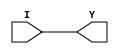
/*
 *  yosys -- Yosys Open SYnthesis Suite
 *
 *  Copyright (C) 2021  Cologne Chip AG <support@colognechip.com>
 *
 *  Permission to use, copy, modify, and/or distribute this software for any
 *  purpose with or without fee is hereby granted, provided that the above
 *  copyright notice and this permission notice appear in all copies.
 *
 *  THE SOFTWARE IS PROVIDED "AS IS" AND THE AUTHOR DISCLAIMS ALL WARRANTIES
 *  WITH REGARD TO THIS SOFTWARE INCLUDING ALL IMPLIED WARRANTIES OF
 *  MERCHANTABILITY AND FITNESS. IN NO EVENT SHALL THE AUTHOR BE LIABLE FOR
 *  ANY SPECIAL, DIRECT, INDIRECT, OR CONSEQUENTIAL DAMAGES OR ANY DAMAGES
 *  WHATSOEVER RESULTING FROM LOSS OF USE, DATA OR PROFITS, WHETHER IN AN
 *  ACTION OF CONTRACT, NEGLIGENCE OR OTHER TORTIOUS ACTION, ARISING OUT OF
 *  OR IN CONNECTION WITH THE USE OR PERFORMANCE OF THIS SOFTWARE.
 *
 */

`timescale 1ps/1ps

module CC_IBUF #(
	parameter PIN_NAME = "UNPLACED",
	parameter V_IO = "UNDEFINED",
	parameter [0:0] PULLUP = 1'bx,
	parameter [0:0] PULLDOWN = 1'bx,
	parameter [0:0] KEEPER = 1'bx,
	parameter [0:0] SCHMITT_TRIGGER = 1'bx,
	// IOSEL
	parameter [3:0] DELAY_IBF = 1'bx,
	parameter [0:0] FF_IBF = 1'bx
)(
	(* iopad_external_pin *)
	input  I,
	output Y
);
	assign Y = I;

endmodule


module CC_OBUF #(
	parameter PIN_NAME = "UNPLACED",
	parameter V_IO = "UNDEFINED",
	parameter DRIVE = "UNDEFINED",
	parameter SLEW = "UNDEFINED",
	// IOSEL
	parameter [3:0] DELAY_OBF = 1'bx,
	parameter [0:0] FF_OBF = 1'bx
)(
	input  A,
	(* iopad_external_pin *)
	output O
);
	assign O = A;

endmodule


module CC_TOBUF #(
	parameter PIN_NAME = "UNPLACED",
	parameter V_IO = "UNDEFINED",
	parameter DRIVE = "UNDEFINED",
	parameter SLEW = "UNDEFINED",
	parameter [0:0] PULLUP = 1'bx,
	parameter [0:0] PULLDOWN = 1'bx,
	parameter [0:0] KEEPER = 1'bx,
	// IOSEL
	parameter [3:0] DELAY_OBF = 1'bx,
	parameter [0:0] FF_OBF = 1'bx
)(
	input  A, T,
	(* iopad_external_pin *)
	output O
);
	assign O = T ? 1'bz : A;

endmodule


module CC_IOBUF #(
	parameter PIN_NAME = "UNPLACED",
	parameter V_IO = "UNDEFINED",
	parameter DRIVE = "UNDEFINED",
	parameter SLEW = "UNDEFINED",
	parameter [0:0] PULLUP = 1'bx,
	parameter [0:0] PULLDOWN = 1'bx,
	parameter [0:0] KEEPER = 1'bx,
	parameter [0:0] SCHMITT_TRIGGER = 1'bx,
	// IOSEL
	parameter [3:0] DELAY_IBF = 1'bx,
	parameter [3:0] DELAY_OBF = 1'bx,
	parameter [0:0] FF_IBF = 1'bx,
	parameter [0:0] FF_OBF = 1'bx
)(
	input  A, T,
	output Y,
	(* iopad_external_pin *)
	inout  IO
);
	assign IO = T ? 1'bz : A;
	assign Y = IO;

endmodule


module CC_LVDS_IBUF #(
	parameter PIN_NAME_P = "UNPLACED",
	parameter PIN_NAME_N = "UNPLACED",
	parameter V_IO = "UNDEFINED",
	parameter [0:0] LVDS_RTERM = 1'bx,
	// IOSEL
	parameter [3:0] DELAY_IBF = 1'bx,
	parameter [0:0] FF_IBF = 1'bx
)(
	(* iopad_external_pin *)
	input  IP, IN,
	output Y
);
	assign Y = IP;

endmodule


module CC_LVDS_OBUF #(
	parameter PIN_NAME_P = "UNPLACED",
	parameter PIN_NAME_N = "UNPLACED",
	parameter V_IO = "UNDEFINED",
	parameter [0:0] LVDS_BOOST = 1'bx,
	// IOSEL
	parameter [3:0] DELAY_OBF = 1'bx,
	parameter [0:0] FF_OBF = 1'bx
)(
	input  A,
	(* iopad_external_pin *)
	output OP, ON
);
	assign OP = A;
	assign ON = ~A;

endmodule


module CC_LVDS_TOBUF #(
	parameter PIN_NAME_P = "UNPLACED",
	parameter PIN_NAME_N = "UNPLACED",
	parameter V_IO = "UNDEFINED",
	parameter [0:0] LVDS_BOOST = 1'bx,
	// IOSEL
	parameter [3:0] DELAY_OBF = 1'bx,
	parameter [0:0] FF_OBF = 1'bx
)(
	input  A, T,
	(* iopad_external_pin *)
	output OP, ON
);
	assign OP = T ? 1'bz :  A;
	assign ON = T ? 1'bz : ~A;

endmodule


module CC_LVDS_IOBUF #(
	parameter PIN_NAME_P = "UNPLACED",
	parameter PIN_NAME_N = "UNPLACED",
	parameter V_IO = "UNDEFINED",
	parameter [0:0] LVDS_RTERM = 1'bx,
	parameter [0:0] LVDS_BOOST = 1'bx,
	// IOSEL
	parameter [3:0] DELAY_IBF = 1'bx,
	parameter [3:0] DELAY_OBF = 1'bx,
	parameter [0:0] FF_IBF = 1'bx,
	parameter [0:0] FF_OBF = 1'bx
)(
	input  A, T,
	(* iopad_external_pin *)
	inout  IOP, ION,
	output Y
);
	assign IOP = T ? 1'bz :  A;
	assign ION = T ? 1'bz : ~A;
	assign Y = IOP;

endmodule


module CC_IDDR #(
	parameter [0:0] CLK_INV = 1'b0
)(
	input D,
	(* clkbuf_sink *)
	input CLK,
	output reg Q0, Q1
);
	wire clk;
	assign clk = (CLK_INV) ? ~CLK : CLK;

	always @(posedge clk)
	begin
		Q0 <= D;
	end

	always @(negedge clk)
	begin
		Q1 <= D;
	end

endmodule


module CC_ODDR #(
	parameter [0:0] CLK_INV = 1'b0
)(
	input D0,
	input D1,
	(* clkbuf_sink *)
	input CLK,
	(* clkbuf_sink *)
	input DDR,
	output Q
);
	wire clk;
	assign clk = (CLK_INV) ? ~CLK : CLK;

	reg q0, q1;
	assign Q = (DDR) ? q0 : q1;

	always @(posedge clk)
	begin
		q0 <= D0;
	end

	always @(negedge clk)
	begin
		q1 <= D1;
	end

endmodule


module CC_DFF #(
	parameter [0:0] CLK_INV = 1'b0,
	parameter [0:0] EN_INV  = 1'b0,
	parameter [0:0] SR_INV  = 1'b0,
	parameter [0:0] SR_VAL  = 1'b0
)(
	input D,
	(* clkbuf_sink *)
	input CLK,
	input EN,
	input SR,
	output reg Q
);
	wire clk, en, sr;
	assign clk = (CLK_INV) ? ~CLK : CLK;
	assign en  = (EN_INV)  ?  ~EN :  EN;
	assign sr  = (SR_INV)  ?  ~SR :  SR;

	initial Q = 1'bX;

	always @(posedge clk or posedge sr)
	begin
		if (sr) begin
			Q <= SR_VAL;
		end
		else if (en) begin
			Q <= D;
		end
	end

endmodule


module CC_DLT #(
	parameter [0:0] G_INV = 1'b0,
	parameter [0:0] SR_INV = 1'b0,
	parameter [0:0] SR_VAL = 1'b0
)(
	input D,
	input G,
	input SR,
	output reg Q
);
	wire en, sr;
	assign en  = (G_INV) ? ~G : G;
	assign sr  = (SR_INV) ? ~SR : SR;

	initial Q = 1'bX;

	always @(*)
	begin
		if (sr) begin
			Q <= SR_VAL;
		end
		else if (en) begin
			Q <= D;
		end
	end

endmodule


module CC_LUT1 (
	output O,
	input  I0
);
	parameter [1:0] INIT = 0;

	assign O = I0 ? INIT[1] : INIT[0];

endmodule


module CC_LUT2 (
	output O,
	input  I0, I1
);
	parameter [3:0] INIT = 0;

	wire [1:0] s1 = I1 ? INIT[3:2] : INIT[1:0];
	assign O = I0 ? s1[1] : s1[0];

endmodule


module CC_LUT3 (
	output O,
	input  I0, I1, I2
);
	parameter [7:0] INIT = 0;

	wire [3:0] s2 = I2 ? INIT[7:4] : INIT[3:0];
	wire [1:0] s1 = I1 ? s2[3:2] : s2[1:0];
	assign O = I0 ? s1[1] : s1[0];

endmodule


module CC_LUT4 (
	output O,
	input  I0, I1, I2, I3
);
	parameter [15:0] INIT = 0;

	wire [7:0] s3 = I3 ? INIT[15:8] : INIT[7:0];
	wire [3:0] s2 = I2 ? s3[7:4] : s3[3:0];
	wire [1:0] s1 = I1 ? s2[3:2] : s2[1:0];
	assign O = I0 ? s1[1] : s1[0];

endmodule


module CC_MX2 (
	input  D0, D1,
	input  S0,
	output Y
);
	assign Y = S0 ? D1 : D0;

endmodule


module CC_MX4 (
	input  D0, D1, D2, D3,
	input  S0, S1,
	output Y
);
	assign Y = S1 ? (S0 ? D3 : D2) :
					(S0 ? D1 : D0);

endmodule


module CC_MX8 (
	input  D0, D1, D2, D3,
	input  D4, D5, D6, D7,
	input  S0, S1, S2,
	output Y
);
	assign Y = S2 ? (S1 ? (S0 ? D7 : D6) :
						  (S0 ? D5 : D4)) :
					(S1 ? (S0 ? D3 : D2) :
						  (S0 ? D1 : D0));

endmodule


module CC_ADDF (
	input  A, B, CI,
	output CO, S
);
	assign {CO, S} = A + B + CI;

endmodule


module CC_MULT #(
	parameter A_WIDTH = 0,
	parameter B_WIDTH = 0,
	parameter P_WIDTH = 0
)(
	input signed [A_WIDTH-1:0] A,
	input signed [B_WIDTH-1:0] B,
	output reg signed [P_WIDTH-1:0] P
);
	always @(*)
	begin
		P <= A * B;
	end
endmodule


module CC_BUFG (
	input  I,
	(* clkbuf_driver *)
	output O
);
	assign O = I;

endmodule


module CC_BRAM_20K (
	output [19:0] A_DO,
	output [19:0] B_DO,
	output ECC_1B_ERR,
	output ECC_2B_ERR,
	(* clkbuf_sink *)
	input A_CLK,
	(* clkbuf_sink *)
	input B_CLK,
	input A_EN,
	input B_EN,
	input A_WE,
	input B_WE,
	input [15:0] A_ADDR,
	input [15:0] B_ADDR,
	input [19:0] A_DI,
	input [19:0] B_DI,
	input [19:0] A_BM,
	input [19:0] B_BM
);
	// Location format: D(0..N-1)(0..N-1)X(0..3)Y(0..7)Z(0..1) or UNPLACED
	parameter LOC = "UNPLACED";

	// Port Widths
	parameter A_RD_WIDTH = 0;
	parameter B_RD_WIDTH = 0;
	parameter A_WR_WIDTH = 0;
	parameter B_WR_WIDTH = 0;

	// RAM and Write Modes
	parameter RAM_MODE = "SDP";
	parameter A_WR_MODE = "NO_CHANGE";
	parameter B_WR_MODE = "NO_CHANGE";

	// Inverting Control Pins
	parameter A_CLK_INV = 1'b0;
	parameter B_CLK_INV = 1'b0;
	parameter A_EN_INV = 1'b0;
	parameter B_EN_INV = 1'b0;
	parameter A_WE_INV = 1'b0;
	parameter B_WE_INV = 1'b0;

	// Output Register
	parameter A_DO_REG = 1'b0;
	parameter B_DO_REG = 1'b0;

	// Error Checking and Correction
	parameter ECC_EN = 1'b0;

	// RAM Contents
	parameter INIT_00 = 320'h00000000000000000000000000000000000000000000000000000000000000000000000000000000;
	parameter INIT_01 = 320'h00000000000000000000000000000000000000000000000000000000000000000000000000000000;
	parameter INIT_02 = 320'h00000000000000000000000000000000000000000000000000000000000000000000000000000000;
	parameter INIT_03 = 320'h00000000000000000000000000000000000000000000000000000000000000000000000000000000;
	parameter INIT_04 = 320'h00000000000000000000000000000000000000000000000000000000000000000000000000000000;
	parameter INIT_05 = 320'h00000000000000000000000000000000000000000000000000000000000000000000000000000000;
	parameter INIT_06 = 320'h00000000000000000000000000000000000000000000000000000000000000000000000000000000;
	parameter INIT_07 = 320'h00000000000000000000000000000000000000000000000000000000000000000000000000000000;
	parameter INIT_08 = 320'h00000000000000000000000000000000000000000000000000000000000000000000000000000000;
	parameter INIT_09 = 320'h00000000000000000000000000000000000000000000000000000000000000000000000000000000;
	parameter INIT_0A = 320'h00000000000000000000000000000000000000000000000000000000000000000000000000000000;
	parameter INIT_0B = 320'h00000000000000000000000000000000000000000000000000000000000000000000000000000000;
	parameter INIT_0C = 320'h00000000000000000000000000000000000000000000000000000000000000000000000000000000;
	parameter INIT_0D = 320'h00000000000000000000000000000000000000000000000000000000000000000000000000000000;
	parameter INIT_0E = 320'h00000000000000000000000000000000000000000000000000000000000000000000000000000000;
	parameter INIT_0F = 320'h00000000000000000000000000000000000000000000000000000000000000000000000000000000;
	parameter INIT_10 = 320'h00000000000000000000000000000000000000000000000000000000000000000000000000000000;
	parameter INIT_11 = 320'h00000000000000000000000000000000000000000000000000000000000000000000000000000000;
	parameter INIT_12 = 320'h00000000000000000000000000000000000000000000000000000000000000000000000000000000;
	parameter INIT_13 = 320'h00000000000000000000000000000000000000000000000000000000000000000000000000000000;
	parameter INIT_14 = 320'h00000000000000000000000000000000000000000000000000000000000000000000000000000000;
	parameter INIT_15 = 320'h00000000000000000000000000000000000000000000000000000000000000000000000000000000;
	parameter INIT_16 = 320'h00000000000000000000000000000000000000000000000000000000000000000000000000000000;
	parameter INIT_17 = 320'h00000000000000000000000000000000000000000000000000000000000000000000000000000000;
	parameter INIT_18 = 320'h00000000000000000000000000000000000000000000000000000000000000000000000000000000;
	parameter INIT_19 = 320'h00000000000000000000000000000000000000000000000000000000000000000000000000000000;
	parameter INIT_1A = 320'h00000000000000000000000000000000000000000000000000000000000000000000000000000000;
	parameter INIT_1B = 320'h00000000000000000000000000000000000000000000000000000000000000000000000000000000;
	parameter INIT_1C = 320'h00000000000000000000000000000000000000000000000000000000000000000000000000000000;
	parameter INIT_1D = 320'h00000000000000000000000000000000000000000000000000000000000000000000000000000000;
	parameter INIT_1E = 320'h00000000000000000000000000000000000000000000000000000000000000000000000000000000;
	parameter INIT_1F = 320'h00000000000000000000000000000000000000000000000000000000000000000000000000000000;
	parameter INIT_20 = 320'h00000000000000000000000000000000000000000000000000000000000000000000000000000000;
	parameter INIT_21 = 320'h00000000000000000000000000000000000000000000000000000000000000000000000000000000;
	parameter INIT_22 = 320'h00000000000000000000000000000000000000000000000000000000000000000000000000000000;
	parameter INIT_23 = 320'h00000000000000000000000000000000000000000000000000000000000000000000000000000000;
	parameter INIT_24 = 320'h00000000000000000000000000000000000000000000000000000000000000000000000000000000;
	parameter INIT_25 = 320'h00000000000000000000000000000000000000000000000000000000000000000000000000000000;
	parameter INIT_26 = 320'h00000000000000000000000000000000000000000000000000000000000000000000000000000000;
	parameter INIT_27 = 320'h00000000000000000000000000000000000000000000000000000000000000000000000000000000;
	parameter INIT_28 = 320'h00000000000000000000000000000000000000000000000000000000000000000000000000000000;
	parameter INIT_29 = 320'h00000000000000000000000000000000000000000000000000000000000000000000000000000000;
	parameter INIT_2A = 320'h00000000000000000000000000000000000000000000000000000000000000000000000000000000;
	parameter INIT_2B = 320'h00000000000000000000000000000000000000000000000000000000000000000000000000000000;
	parameter INIT_2C = 320'h00000000000000000000000000000000000000000000000000000000000000000000000000000000;
	parameter INIT_2D = 320'h00000000000000000000000000000000000000000000000000000000000000000000000000000000;
	parameter INIT_2E = 320'h00000000000000000000000000000000000000000000000000000000000000000000000000000000;
	parameter INIT_2F = 320'h00000000000000000000000000000000000000000000000000000000000000000000000000000000;
	parameter INIT_30 = 320'h00000000000000000000000000000000000000000000000000000000000000000000000000000000;
	parameter INIT_31 = 320'h00000000000000000000000000000000000000000000000000000000000000000000000000000000;
	parameter INIT_32 = 320'h00000000000000000000000000000000000000000000000000000000000000000000000000000000;
	parameter INIT_33 = 320'h00000000000000000000000000000000000000000000000000000000000000000000000000000000;
	parameter INIT_34 = 320'h00000000000000000000000000000000000000000000000000000000000000000000000000000000;
	parameter INIT_35 = 320'h00000000000000000000000000000000000000000000000000000000000000000000000000000000;
	parameter INIT_36 = 320'h00000000000000000000000000000000000000000000000000000000000000000000000000000000;
	parameter INIT_37 = 320'h00000000000000000000000000000000000000000000000000000000000000000000000000000000;
	parameter INIT_38 = 320'h00000000000000000000000000000000000000000000000000000000000000000000000000000000;
	parameter INIT_39 = 320'h00000000000000000000000000000000000000000000000000000000000000000000000000000000;
	parameter INIT_3A = 320'h00000000000000000000000000000000000000000000000000000000000000000000000000000000;
	parameter INIT_3B = 320'h00000000000000000000000000000000000000000000000000000000000000000000000000000000;
	parameter INIT_3C = 320'h00000000000000000000000000000000000000000000000000000000000000000000000000000000;
	parameter INIT_3D = 320'h00000000000000000000000000000000000000000000000000000000000000000000000000000000;
	parameter INIT_3E = 320'h00000000000000000000000000000000000000000000000000000000000000000000000000000000;
	parameter INIT_3F = 320'h00000000000000000000000000000000000000000000000000000000000000000000000000000000;

	localparam WIDTH_MODE_A = (A_RD_WIDTH > A_WR_WIDTH) ? A_RD_WIDTH : A_WR_WIDTH;
	localparam WIDTH_MODE_B = (B_RD_WIDTH > B_WR_WIDTH) ? B_RD_WIDTH : B_WR_WIDTH;

	integer i, k;

	// 512 x 40 bit
	reg [20479:0] memory = 20480'b0;

	initial begin
		// Check parameters
		if ((RAM_MODE != "SDP") && (RAM_MODE != "TDP")) begin
			$display("ERROR: Illegal RAM MODE %d.", RAM_MODE);
			$finish();
		end
		if ((A_WR_MODE != "WRITE_THROUGH") && (A_WR_MODE != "NO_CHANGE")) begin
			$display("ERROR: Illegal RAM MODE %d.", RAM_MODE);
			$finish();
		end
		if ((RAM_MODE == "SDP") && (A_WR_MODE == "WRITE_THROUGH")) begin
			$display("ERROR: %s is not supported in %s mode.", A_WR_MODE, RAM_MODE);
			$finish();
		end
		if (ECC_EN != 1'b0) begin
			$display("WARNING: ECC feature not supported in simulation.");
		end
		if ((ECC_EN == 1'b1) && (RAM_MODE != "SDP") && (WIDTH_MODE_A != 40)) begin
			$display("ERROR: Illegal ECC Port configuration. Must be SDP 40 bit, but is %s %d.", RAM_MODE, WIDTH_MODE_A);
			$finish();
		end
		if ((WIDTH_MODE_A == 40) && (RAM_MODE == "TDP")) begin
			$display("ERROR: Port A width of 40 bits is only supported in SDP mode.");
			$finish();
		end
		if ((WIDTH_MODE_B == 40) && (RAM_MODE == "TDP")) begin
			$display("ERROR: Port B width of 40 bits is only supported in SDP mode.");
			$finish();
		end
		if ((WIDTH_MODE_A != 40) && (WIDTH_MODE_A != 20) && (WIDTH_MODE_A != 10) &&
			(WIDTH_MODE_A != 5)  && (WIDTH_MODE_A != 2)  && (WIDTH_MODE_A != 1) && (WIDTH_MODE_A != 0)) begin
			$display("ERROR: Illegal %s Port A width configuration %d.", RAM_MODE, WIDTH_MODE_A);
			$finish();
		end
		if ((WIDTH_MODE_B != 40) && (WIDTH_MODE_B != 20) && (WIDTH_MODE_B != 10) &&
			(WIDTH_MODE_B != 5)  && (WIDTH_MODE_B != 2)  && (WIDTH_MODE_B != 1) && (WIDTH_MODE_B != 0)) begin
			$display("ERROR: Illegal %s Port B width configuration %d.", RAM_MODE, WIDTH_MODE_B);
			$finish();
		end
		// RAM initialization
		memory[320*0+319:320*0]   = INIT_00;
		memory[320*1+319:320*1]   = INIT_01;
		memory[320*2+319:320*2]   = INIT_02;
		memory[320*3+319:320*3]   = INIT_03;
		memory[320*4+319:320*4]   = INIT_04;
		memory[320*5+319:320*5]   = INIT_05;
		memory[320*6+319:320*6]   = INIT_06;
		memory[320*7+319:320*7]   = INIT_07;
		memory[320*8+319:320*8]   = INIT_08;
		memory[320*9+319:320*9]   = INIT_09;
		memory[320*10+319:320*10] = INIT_0A;
		memory[320*11+319:320*11] = INIT_0B;
		memory[320*12+319:320*12] = INIT_0C;
		memory[320*13+319:320*13] = INIT_0D;
		memory[320*14+319:320*14] = INIT_0E;
		memory[320*15+319:320*15] = INIT_0F;
		memory[320*16+319:320*16] = INIT_10;
		memory[320*17+319:320*17] = INIT_11;
		memory[320*18+319:320*18] = INIT_12;
		memory[320*19+319:320*19] = INIT_13;
		memory[320*20+319:320*20] = INIT_14;
		memory[320*21+319:320*21] = INIT_15;
		memory[320*22+319:320*22] = INIT_16;
		memory[320*23+319:320*23] = INIT_17;
		memory[320*24+319:320*24] = INIT_18;
		memory[320*25+319:320*25] = INIT_19;
		memory[320*26+319:320*26] = INIT_1A;
		memory[320*27+319:320*27] = INIT_1B;
		memory[320*28+319:320*28] = INIT_1C;
		memory[320*29+319:320*29] = INIT_1D;
		memory[320*30+319:320*30] = INIT_1E;
		memory[320*31+319:320*31] = INIT_1F;
		memory[320*32+319:320*32] = INIT_20;
		memory[320*33+319:320*33] = INIT_21;
		memory[320*34+319:320*34] = INIT_22;
		memory[320*35+319:320*35] = INIT_23;
		memory[320*36+319:320*36] = INIT_24;
		memory[320*37+319:320*37] = INIT_25;
		memory[320*38+319:320*38] = INIT_26;
		memory[320*39+319:320*39] = INIT_27;
		memory[320*40+319:320*40] = INIT_28;
		memory[320*41+319:320*41] = INIT_29;
		memory[320*42+319:320*42] = INIT_2A;
		memory[320*43+319:320*43] = INIT_2B;
		memory[320*44+319:320*44] = INIT_2C;
		memory[320*45+319:320*45] = INIT_2D;
		memory[320*46+319:320*46] = INIT_2E;
		memory[320*47+319:320*47] = INIT_2F;
		memory[320*48+319:320*48] = INIT_30;
		memory[320*49+319:320*49] = INIT_31;
		memory[320*50+319:320*50] = INIT_32;
		memory[320*51+319:320*51] = INIT_33;
		memory[320*52+319:320*52] = INIT_34;
		memory[320*53+319:320*53] = INIT_35;
		memory[320*54+319:320*54] = INIT_36;
		memory[320*55+319:320*55] = INIT_37;
		memory[320*56+319:320*56] = INIT_38;
		memory[320*57+319:320*57] = INIT_39;
		memory[320*58+319:320*58] = INIT_3A;
		memory[320*59+319:320*59] = INIT_3B;
		memory[320*60+319:320*60] = INIT_3C;
		memory[320*61+319:320*61] = INIT_3D;
		memory[320*62+319:320*62] = INIT_3E;
		memory[320*63+319:320*63] = INIT_3F;
	end

	// Signal inversion
	wire clka = A_CLK_INV ^ A_CLK;
	wire clkb = B_CLK_INV ^ B_CLK;
	wire ena  = A_EN_INV ^ A_EN;
	wire enb  = B_EN_INV ^ B_EN;
	wire wea  = A_WE_INV ^ A_WE;
	wire web  = B_WE_INV ^ B_WE;

	// Internal signals
	wire [15:0] addra;
	wire [15:0] addrb;
	reg  [19:0] A_DO_out = 0, A_DO_reg = 0;
	reg  [19:0] B_DO_out = 0, B_DO_reg = 0;

	generate
		if (RAM_MODE == "SDP") begin
			// Port A (write)
			if (A_WR_WIDTH == 40) begin
				assign addra = A_ADDR[15:7]*40;
			end
			// Port B (read)
			if (B_RD_WIDTH == 40) begin
				assign addrb = B_ADDR[15:7]*40;
			end
		end
		else if (RAM_MODE == "TDP") begin
			// Port A
			if (WIDTH_MODE_A <= 1) begin
				wire [15:0] tmpa = {2'b0, A_ADDR[15:7], A_ADDR[5:1]};
				assign addra = tmpa + (tmpa/4);
			end
			else if (WIDTH_MODE_A <= 2) begin
				wire [15:0] tmpa = {3'b0, A_ADDR[15:7], A_ADDR[5:2]};
				assign addra = tmpa*2 + (tmpa/2);
			end
			else if (WIDTH_MODE_A <= 5) begin
				assign addra = {4'b0, A_ADDR[15:7], A_ADDR[5:3]}*5;
			end
			else if (WIDTH_MODE_A <= 10) begin
				assign addra = {5'b0, A_ADDR[15:7], A_ADDR[5:4]}*10;
			end
			else if (WIDTH_MODE_A <= 20) begin
				assign addra = {6'b0, A_ADDR[15:7], A_ADDR[5]}*20;
			end
			// Port B
			if (WIDTH_MODE_B <= 1) begin
				wire [15:0] tmpb = {2'b0, B_ADDR[15:7], B_ADDR[5:1]};
				assign addrb = tmpb + (tmpb/4);
			end
			else if (WIDTH_MODE_B <= 2) begin
				wire [15:0] tmpb = {3'b0, B_ADDR[15:7], B_ADDR[5:2]};
				assign addrb = tmpb*2 + (tmpb/2);
			end
			else if (WIDTH_MODE_B <= 5) begin
				assign addrb = {4'b0, B_ADDR[15:7], B_ADDR[5:3]}*5;
			end
			else if (WIDTH_MODE_B <= 10) begin
				assign addrb = {5'b0, B_ADDR[15:7], B_ADDR[5:4]}*10;
			end
			else if (WIDTH_MODE_B <= 20) begin
				assign addrb = {6'b0, B_ADDR[15:7], B_ADDR[5]}*20;
			end
		end
	endgenerate

	generate
		if (RAM_MODE == "SDP") begin
			// SDP write port
			always @(posedge clka)
			begin
				for (k=0; k < A_WR_WIDTH; k=k+1) begin
					if (k < 20) begin
						if (ena && wea && A_BM[k]) memory[addra+k] <= A_DI[k];
					end
					else begin // use both ports
						if (ena && wea && B_BM[k-20]) memory[addra+k] <= B_DI[k-20];
					end
				end
			end
			// SDP read port
			always @(posedge clkb)
			begin
				// "NO_CHANGE" only
				for (k=0; k < B_RD_WIDTH; k=k+1) begin
					if (k < 20) begin
						if (enb && !wea) A_DO_out[k] <= memory[addrb+k];
					end
					else begin // use both ports
						if (enb && !wea) B_DO_out[k-20] <= memory[addrb+k];
					end
				end
			end
		end
		else if (RAM_MODE == "TDP") begin
			// TDP port A
			always @(posedge clka)
			begin
				for (i=0; i < WIDTH_MODE_A; i=i+1) begin
					if (ena && wea && A_BM[i]) memory[addra+i] <= A_DI[i];

					if (A_WR_MODE == "NO_CHANGE") begin
						if (ena && !wea) A_DO_out[i] <= memory[addra+i];
					end
					else if (A_WR_MODE == "WRITE_THROUGH") begin
						if (ena) begin
							if (wea && A_BM[i]) begin
								A_DO_out[i] <= A_DI[i];
							end
							else begin
								A_DO_out[i] <= memory[addra+i];
							end
						end
					end
				end
			end
			// TDP port B
			always @(posedge clkb)
			begin
				for (i=0; i < WIDTH_MODE_B; i=i+1) begin
					if (enb && web && B_BM[i]) memory[addrb+i] <= B_DI[i];

					if (B_WR_MODE == "NO_CHANGE") begin
						if (enb && !web) B_DO_out[i] <= memory[addrb+i];
					end
					else if (B_WR_MODE == "WRITE_THROUGH") begin
						if (enb) begin
							if (web && B_BM[i]) begin
								B_DO_out[i] <= B_DI[i];
							end
							else begin
								B_DO_out[i] <= memory[addrb+i];
							end
						end
					end
				end
			end
		end
	endgenerate

	// Optional output register
	generate
		if (A_DO_REG) begin
			always @(posedge clka) begin
				A_DO_reg <= A_DO_out;
			end
			assign A_DO = A_DO_reg;
		end
		else begin
			assign A_DO = A_DO_out;
		end
		if (B_DO_REG) begin
			always @(posedge clkb) begin
				B_DO_reg <= B_DO_out;
			end
			assign B_DO = B_DO_reg;
		end
		else begin
			assign B_DO = B_DO_out;
		end
	endgenerate
endmodule


module CC_BRAM_40K (
	output [39:0] A_DO,
	output [39:0] B_DO,
	output A_ECC_1B_ERR,
	output B_ECC_1B_ERR,
	output A_ECC_2B_ERR,
	output B_ECC_2B_ERR,
	output reg A_CO = 0,
	output reg B_CO = 0,
	(* clkbuf_sink *)
	input A_CLK,
	(* clkbuf_sink *)
	input B_CLK,
	input A_EN,
	input B_EN,
	input A_WE,
	input B_WE,
	input [15:0] A_ADDR,
	input [15:0] B_ADDR,
	input [39:0] A_DI,
	input [39:0] B_DI,
	input [39:0] A_BM,
	input [39:0] B_BM,
	input A_CI,
	input B_CI
);
	// Location format: D(0..N-1)X(0..3)Y(0..7) or UNPLACED
	parameter LOC = "UNPLACED";
	parameter CAS = "NONE"; // NONE, UPPER, LOWER

	// Port Widths
	parameter A_RD_WIDTH = 0;
	parameter B_RD_WIDTH = 0;
	parameter A_WR_WIDTH = 0;
	parameter B_WR_WIDTH = 0;

	// RAM and Write Modes
	parameter RAM_MODE = "SDP";
	parameter A_WR_MODE = "NO_CHANGE";
	parameter B_WR_MODE = "NO_CHANGE";

	// Inverting Control Pins
	parameter A_CLK_INV = 1'b0;
	parameter B_CLK_INV = 1'b0;
	parameter A_EN_INV = 1'b0;
	parameter B_EN_INV = 1'b0;
	parameter A_WE_INV = 1'b0;
	parameter B_WE_INV = 1'b0;

	// Output Register
	parameter A_DO_REG = 1'b0;
	parameter B_DO_REG = 1'b0;

	// Error Checking and Correction
	parameter A_ECC_EN  = 1'b0;
	parameter B_ECC_EN  = 1'b0;

	parameter INIT_00 = 320'h00000000000000000000000000000000000000000000000000000000000000000000000000000000;
	parameter INIT_01 = 320'h00000000000000000000000000000000000000000000000000000000000000000000000000000000;
	parameter INIT_02 = 320'h00000000000000000000000000000000000000000000000000000000000000000000000000000000;
	parameter INIT_03 = 320'h00000000000000000000000000000000000000000000000000000000000000000000000000000000;
	parameter INIT_04 = 320'h00000000000000000000000000000000000000000000000000000000000000000000000000000000;
	parameter INIT_05 = 320'h00000000000000000000000000000000000000000000000000000000000000000000000000000000;
	parameter INIT_06 = 320'h00000000000000000000000000000000000000000000000000000000000000000000000000000000;
	parameter INIT_07 = 320'h00000000000000000000000000000000000000000000000000000000000000000000000000000000;
	parameter INIT_08 = 320'h00000000000000000000000000000000000000000000000000000000000000000000000000000000;
	parameter INIT_09 = 320'h00000000000000000000000000000000000000000000000000000000000000000000000000000000;
	parameter INIT_0A = 320'h00000000000000000000000000000000000000000000000000000000000000000000000000000000;
	parameter INIT_0B = 320'h00000000000000000000000000000000000000000000000000000000000000000000000000000000;
	parameter INIT_0C = 320'h00000000000000000000000000000000000000000000000000000000000000000000000000000000;
	parameter INIT_0D = 320'h00000000000000000000000000000000000000000000000000000000000000000000000000000000;
	parameter INIT_0E = 320'h00000000000000000000000000000000000000000000000000000000000000000000000000000000;
	parameter INIT_0F = 320'h00000000000000000000000000000000000000000000000000000000000000000000000000000000;
	parameter INIT_10 = 320'h00000000000000000000000000000000000000000000000000000000000000000000000000000000;
	parameter INIT_11 = 320'h00000000000000000000000000000000000000000000000000000000000000000000000000000000;
	parameter INIT_12 = 320'h00000000000000000000000000000000000000000000000000000000000000000000000000000000;
	parameter INIT_13 = 320'h00000000000000000000000000000000000000000000000000000000000000000000000000000000;
	parameter INIT_14 = 320'h00000000000000000000000000000000000000000000000000000000000000000000000000000000;
	parameter INIT_15 = 320'h00000000000000000000000000000000000000000000000000000000000000000000000000000000;
	parameter INIT_16 = 320'h00000000000000000000000000000000000000000000000000000000000000000000000000000000;
	parameter INIT_17 = 320'h00000000000000000000000000000000000000000000000000000000000000000000000000000000;
	parameter INIT_18 = 320'h00000000000000000000000000000000000000000000000000000000000000000000000000000000;
	parameter INIT_19 = 320'h00000000000000000000000000000000000000000000000000000000000000000000000000000000;
	parameter INIT_1A = 320'h00000000000000000000000000000000000000000000000000000000000000000000000000000000;
	parameter INIT_1B = 320'h00000000000000000000000000000000000000000000000000000000000000000000000000000000;
	parameter INIT_1C = 320'h00000000000000000000000000000000000000000000000000000000000000000000000000000000;
	parameter INIT_1D = 320'h00000000000000000000000000000000000000000000000000000000000000000000000000000000;
	parameter INIT_1E = 320'h00000000000000000000000000000000000000000000000000000000000000000000000000000000;
	parameter INIT_1F = 320'h00000000000000000000000000000000000000000000000000000000000000000000000000000000;
	parameter INIT_20 = 320'h00000000000000000000000000000000000000000000000000000000000000000000000000000000;
	parameter INIT_21 = 320'h00000000000000000000000000000000000000000000000000000000000000000000000000000000;
	parameter INIT_22 = 320'h00000000000000000000000000000000000000000000000000000000000000000000000000000000;
	parameter INIT_23 = 320'h00000000000000000000000000000000000000000000000000000000000000000000000000000000;
	parameter INIT_24 = 320'h00000000000000000000000000000000000000000000000000000000000000000000000000000000;
	parameter INIT_25 = 320'h00000000000000000000000000000000000000000000000000000000000000000000000000000000;
	parameter INIT_26 = 320'h00000000000000000000000000000000000000000000000000000000000000000000000000000000;
	parameter INIT_27 = 320'h00000000000000000000000000000000000000000000000000000000000000000000000000000000;
	parameter INIT_28 = 320'h00000000000000000000000000000000000000000000000000000000000000000000000000000000;
	parameter INIT_29 = 320'h00000000000000000000000000000000000000000000000000000000000000000000000000000000;
	parameter INIT_2A = 320'h00000000000000000000000000000000000000000000000000000000000000000000000000000000;
	parameter INIT_2B = 320'h00000000000000000000000000000000000000000000000000000000000000000000000000000000;
	parameter INIT_2C = 320'h00000000000000000000000000000000000000000000000000000000000000000000000000000000;
	parameter INIT_2D = 320'h00000000000000000000000000000000000000000000000000000000000000000000000000000000;
	parameter INIT_2E = 320'h00000000000000000000000000000000000000000000000000000000000000000000000000000000;
	parameter INIT_2F = 320'h00000000000000000000000000000000000000000000000000000000000000000000000000000000;
	parameter INIT_30 = 320'h00000000000000000000000000000000000000000000000000000000000000000000000000000000;
	parameter INIT_31 = 320'h00000000000000000000000000000000000000000000000000000000000000000000000000000000;
	parameter INIT_32 = 320'h00000000000000000000000000000000000000000000000000000000000000000000000000000000;
	parameter INIT_33 = 320'h00000000000000000000000000000000000000000000000000000000000000000000000000000000;
	parameter INIT_34 = 320'h00000000000000000000000000000000000000000000000000000000000000000000000000000000;
	parameter INIT_35 = 320'h00000000000000000000000000000000000000000000000000000000000000000000000000000000;
	parameter INIT_36 = 320'h00000000000000000000000000000000000000000000000000000000000000000000000000000000;
	parameter INIT_37 = 320'h00000000000000000000000000000000000000000000000000000000000000000000000000000000;
	parameter INIT_38 = 320'h00000000000000000000000000000000000000000000000000000000000000000000000000000000;
	parameter INIT_39 = 320'h00000000000000000000000000000000000000000000000000000000000000000000000000000000;
	parameter INIT_3A = 320'h00000000000000000000000000000000000000000000000000000000000000000000000000000000;
	parameter INIT_3B = 320'h00000000000000000000000000000000000000000000000000000000000000000000000000000000;
	parameter INIT_3C = 320'h00000000000000000000000000000000000000000000000000000000000000000000000000000000;
	parameter INIT_3D = 320'h00000000000000000000000000000000000000000000000000000000000000000000000000000000;
	parameter INIT_3E = 320'h00000000000000000000000000000000000000000000000000000000000000000000000000000000;
	parameter INIT_3F = 320'h00000000000000000000000000000000000000000000000000000000000000000000000000000000;
	parameter INIT_40 = 320'h00000000000000000000000000000000000000000000000000000000000000000000000000000000;
	parameter INIT_41 = 320'h00000000000000000000000000000000000000000000000000000000000000000000000000000000;
	parameter INIT_42 = 320'h00000000000000000000000000000000000000000000000000000000000000000000000000000000;
	parameter INIT_43 = 320'h00000000000000000000000000000000000000000000000000000000000000000000000000000000;
	parameter INIT_44 = 320'h00000000000000000000000000000000000000000000000000000000000000000000000000000000;
	parameter INIT_45 = 320'h00000000000000000000000000000000000000000000000000000000000000000000000000000000;
	parameter INIT_46 = 320'h00000000000000000000000000000000000000000000000000000000000000000000000000000000;
	parameter INIT_47 = 320'h00000000000000000000000000000000000000000000000000000000000000000000000000000000;
	parameter INIT_48 = 320'h00000000000000000000000000000000000000000000000000000000000000000000000000000000;
	parameter INIT_49 = 320'h00000000000000000000000000000000000000000000000000000000000000000000000000000000;
	parameter INIT_4A = 320'h00000000000000000000000000000000000000000000000000000000000000000000000000000000;
	parameter INIT_4B = 320'h00000000000000000000000000000000000000000000000000000000000000000000000000000000;
	parameter INIT_4C = 320'h00000000000000000000000000000000000000000000000000000000000000000000000000000000;
	parameter INIT_4D = 320'h00000000000000000000000000000000000000000000000000000000000000000000000000000000;
	parameter INIT_4E = 320'h00000000000000000000000000000000000000000000000000000000000000000000000000000000;
	parameter INIT_4F = 320'h00000000000000000000000000000000000000000000000000000000000000000000000000000000;
	parameter INIT_50 = 320'h00000000000000000000000000000000000000000000000000000000000000000000000000000000;
	parameter INIT_51 = 320'h00000000000000000000000000000000000000000000000000000000000000000000000000000000;
	parameter INIT_52 = 320'h00000000000000000000000000000000000000000000000000000000000000000000000000000000;
	parameter INIT_53 = 320'h00000000000000000000000000000000000000000000000000000000000000000000000000000000;
	parameter INIT_54 = 320'h00000000000000000000000000000000000000000000000000000000000000000000000000000000;
	parameter INIT_55 = 320'h00000000000000000000000000000000000000000000000000000000000000000000000000000000;
	parameter INIT_56 = 320'h00000000000000000000000000000000000000000000000000000000000000000000000000000000;
	parameter INIT_57 = 320'h00000000000000000000000000000000000000000000000000000000000000000000000000000000;
	parameter INIT_58 = 320'h00000000000000000000000000000000000000000000000000000000000000000000000000000000;
	parameter INIT_59 = 320'h00000000000000000000000000000000000000000000000000000000000000000000000000000000;
	parameter INIT_5A = 320'h00000000000000000000000000000000000000000000000000000000000000000000000000000000;
	parameter INIT_5B = 320'h00000000000000000000000000000000000000000000000000000000000000000000000000000000;
	parameter INIT_5C = 320'h00000000000000000000000000000000000000000000000000000000000000000000000000000000;
	parameter INIT_5D = 320'h00000000000000000000000000000000000000000000000000000000000000000000000000000000;
	parameter INIT_5E = 320'h00000000000000000000000000000000000000000000000000000000000000000000000000000000;
	parameter INIT_5F = 320'h00000000000000000000000000000000000000000000000000000000000000000000000000000000;
	parameter INIT_60 = 320'h00000000000000000000000000000000000000000000000000000000000000000000000000000000;
	parameter INIT_61 = 320'h00000000000000000000000000000000000000000000000000000000000000000000000000000000;
	parameter INIT_62 = 320'h00000000000000000000000000000000000000000000000000000000000000000000000000000000;
	parameter INIT_63 = 320'h00000000000000000000000000000000000000000000000000000000000000000000000000000000;
	parameter INIT_64 = 320'h00000000000000000000000000000000000000000000000000000000000000000000000000000000;
	parameter INIT_65 = 320'h00000000000000000000000000000000000000000000000000000000000000000000000000000000;
	parameter INIT_66 = 320'h00000000000000000000000000000000000000000000000000000000000000000000000000000000;
	parameter INIT_67 = 320'h00000000000000000000000000000000000000000000000000000000000000000000000000000000;
	parameter INIT_68 = 320'h00000000000000000000000000000000000000000000000000000000000000000000000000000000;
	parameter INIT_69 = 320'h00000000000000000000000000000000000000000000000000000000000000000000000000000000;
	parameter INIT_6A = 320'h00000000000000000000000000000000000000000000000000000000000000000000000000000000;
	parameter INIT_6B = 320'h00000000000000000000000000000000000000000000000000000000000000000000000000000000;
	parameter INIT_6C = 320'h00000000000000000000000000000000000000000000000000000000000000000000000000000000;
	parameter INIT_6D = 320'h00000000000000000000000000000000000000000000000000000000000000000000000000000000;
	parameter INIT_6E = 320'h00000000000000000000000000000000000000000000000000000000000000000000000000000000;
	parameter INIT_6F = 320'h00000000000000000000000000000000000000000000000000000000000000000000000000000000;
	parameter INIT_70 = 320'h00000000000000000000000000000000000000000000000000000000000000000000000000000000;
	parameter INIT_71 = 320'h00000000000000000000000000000000000000000000000000000000000000000000000000000000;
	parameter INIT_72 = 320'h00000000000000000000000000000000000000000000000000000000000000000000000000000000;
	parameter INIT_73 = 320'h00000000000000000000000000000000000000000000000000000000000000000000000000000000;
	parameter INIT_74 = 320'h00000000000000000000000000000000000000000000000000000000000000000000000000000000;
	parameter INIT_75 = 320'h00000000000000000000000000000000000000000000000000000000000000000000000000000000;
	parameter INIT_76 = 320'h00000000000000000000000000000000000000000000000000000000000000000000000000000000;
	parameter INIT_77 = 320'h00000000000000000000000000000000000000000000000000000000000000000000000000000000;
	parameter INIT_78 = 320'h00000000000000000000000000000000000000000000000000000000000000000000000000000000;
	parameter INIT_79 = 320'h00000000000000000000000000000000000000000000000000000000000000000000000000000000;
	parameter INIT_7A = 320'h00000000000000000000000000000000000000000000000000000000000000000000000000000000;
	parameter INIT_7B = 320'h00000000000000000000000000000000000000000000000000000000000000000000000000000000;
	parameter INIT_7C = 320'h00000000000000000000000000000000000000000000000000000000000000000000000000000000;
	parameter INIT_7D = 320'h00000000000000000000000000000000000000000000000000000000000000000000000000000000;
	parameter INIT_7E = 320'h00000000000000000000000000000000000000000000000000000000000000000000000000000000;
	parameter INIT_7F = 320'h00000000000000000000000000000000000000000000000000000000000000000000000000000000;

	localparam WIDTH_MODE_A = (A_RD_WIDTH > A_WR_WIDTH) ? A_RD_WIDTH : A_WR_WIDTH;
	localparam WIDTH_MODE_B = (B_RD_WIDTH > B_WR_WIDTH) ? B_RD_WIDTH : B_WR_WIDTH;

	integer i, k;

	// 512 x 80 bit
	reg [40959:0] memory = 40960'b0;

	initial begin
		// Check parameters
		if ((RAM_MODE != "SDP") && (RAM_MODE != "TDP")) begin
			$display("ERROR: Illegal RAM MODE %d.", RAM_MODE);
			$finish();
		end
		if ((A_WR_MODE != "WRITE_THROUGH") && (A_WR_MODE != "NO_CHANGE")) begin
			$display("ERROR: Illegal RAM MODE %d.", RAM_MODE);
			$finish();
		end
		if ((RAM_MODE == "SDP") && (A_WR_MODE == "WRITE_THROUGH")) begin
			$display("ERROR: %s is not supported in %s mode.", A_WR_MODE, RAM_MODE);
			$finish();
		end
		if ((A_ECC_EN != 1'b0) || (B_ECC_EN != 1'b0)) begin
			$display("WARNING: ECC feature not supported in simulation.");
		end
		if ((A_ECC_EN == 1'b1) && (RAM_MODE != "SDP") && (WIDTH_MODE_A != 40)) begin
			$display("ERROR: Illegal ECC Port A configuration. Must be SDP 40 bit, but is %s %d.", RAM_MODE, WIDTH_MODE_A);
			$finish();
		end
		if ((WIDTH_MODE_A == 80) && (RAM_MODE == "TDP")) begin
			$display("ERROR: Port A width of 80 bits is only supported in SDP mode.");
			$finish();
		end
		if ((WIDTH_MODE_B == 80) && (RAM_MODE == "TDP")) begin
			$display("ERROR: Port B width of 80 bits is only supported in SDP mode.");
			$finish();
		end
		if ((WIDTH_MODE_A != 80) && (WIDTH_MODE_A != 40) && (WIDTH_MODE_A != 20) && (WIDTH_MODE_A != 10) &&
			(WIDTH_MODE_A != 5)  && (WIDTH_MODE_A != 2)  && (WIDTH_MODE_A != 1) && (WIDTH_MODE_A != 0)) begin
			$display("ERROR: Illegal %s Port A width configuration %d.", RAM_MODE, WIDTH_MODE_A);
			$finish();
		end
		if ((WIDTH_MODE_B != 80) && (WIDTH_MODE_B != 40) && (WIDTH_MODE_B != 20) && (WIDTH_MODE_B != 10) &&
			(WIDTH_MODE_B != 5)  && (WIDTH_MODE_B != 2)  && (WIDTH_MODE_B != 1) && (WIDTH_MODE_B != 0)) begin
			$display("ERROR: Illegal %s Port B width configuration %d.", RAM_MODE, WIDTH_MODE_B);
			$finish();
		end
		if ((CAS != "NONE") && ((WIDTH_MODE_A > 1) || (WIDTH_MODE_B > 1))) begin
			$display("ERROR: Cascade feature only supported in 1 bit data width mode.");
			$finish();
		end
		if ((CAS != "NONE") && (RAM_MODE != "TDP")) begin
			$display("ERROR: Cascade feature only supported in TDP mode.");
			$finish();
		end
		// RAM initialization
		memory[320*0+319:320*0]     = INIT_00;
		memory[320*1+319:320*1]     = INIT_01;
		memory[320*2+319:320*2]     = INIT_02;
		memory[320*3+319:320*3]     = INIT_03;
		memory[320*4+319:320*4]     = INIT_04;
		memory[320*5+319:320*5]     = INIT_05;
		memory[320*6+319:320*6]     = INIT_06;
		memory[320*7+319:320*7]     = INIT_07;
		memory[320*8+319:320*8]     = INIT_08;
		memory[320*9+319:320*9]     = INIT_09;
		memory[320*10+319:320*10]   = INIT_0A;
		memory[320*11+319:320*11]   = INIT_0B;
		memory[320*12+319:320*12]   = INIT_0C;
		memory[320*13+319:320*13]   = INIT_0D;
		memory[320*14+319:320*14]   = INIT_0E;
		memory[320*15+319:320*15]   = INIT_0F;
		memory[320*16+319:320*16]   = INIT_10;
		memory[320*17+319:320*17]   = INIT_11;
		memory[320*18+319:320*18]   = INIT_12;
		memory[320*19+319:320*19]   = INIT_13;
		memory[320*20+319:320*20]   = INIT_14;
		memory[320*21+319:320*21]   = INIT_15;
		memory[320*22+319:320*22]   = INIT_16;
		memory[320*23+319:320*23]   = INIT_17;
		memory[320*24+319:320*24]   = INIT_18;
		memory[320*25+319:320*25]   = INIT_19;
		memory[320*26+319:320*26]   = INIT_1A;
		memory[320*27+319:320*27]   = INIT_1B;
		memory[320*28+319:320*28]   = INIT_1C;
		memory[320*29+319:320*29]   = INIT_1D;
		memory[320*30+319:320*30]   = INIT_1E;
		memory[320*31+319:320*31]   = INIT_1F;
		memory[320*32+319:320*32]   = INIT_20;
		memory[320*33+319:320*33]   = INIT_21;
		memory[320*34+319:320*34]   = INIT_22;
		memory[320*35+319:320*35]   = INIT_23;
		memory[320*36+319:320*36]   = INIT_24;
		memory[320*37+319:320*37]   = INIT_25;
		memory[320*38+319:320*38]   = INIT_26;
		memory[320*39+319:320*39]   = INIT_27;
		memory[320*40+319:320*40]   = INIT_28;
		memory[320*41+319:320*41]   = INIT_29;
		memory[320*42+319:320*42]   = INIT_2A;
		memory[320*43+319:320*43]   = INIT_2B;
		memory[320*44+319:320*44]   = INIT_2C;
		memory[320*45+319:320*45]   = INIT_2D;
		memory[320*46+319:320*46]   = INIT_2E;
		memory[320*47+319:320*47]   = INIT_2F;
		memory[320*48+319:320*48]   = INIT_30;
		memory[320*49+319:320*49]   = INIT_31;
		memory[320*50+319:320*50]   = INIT_32;
		memory[320*51+319:320*51]   = INIT_33;
		memory[320*52+319:320*52]   = INIT_34;
		memory[320*53+319:320*53]   = INIT_35;
		memory[320*54+319:320*54]   = INIT_36;
		memory[320*55+319:320*55]   = INIT_37;
		memory[320*56+319:320*56]   = INIT_38;
		memory[320*57+319:320*57]   = INIT_39;
		memory[320*58+319:320*58]   = INIT_3A;
		memory[320*59+319:320*59]   = INIT_3B;
		memory[320*60+319:320*60]   = INIT_3C;
		memory[320*61+319:320*61]   = INIT_3D;
		memory[320*62+319:320*62]   = INIT_3E;
		memory[320*63+319:320*63]   = INIT_3F;
		memory[320*64+319:320*64]   = INIT_40;
		memory[320*65+319:320*65]   = INIT_41;
		memory[320*66+319:320*66]   = INIT_42;
		memory[320*67+319:320*67]   = INIT_43;
		memory[320*68+319:320*68]   = INIT_44;
		memory[320*69+319:320*69]   = INIT_45;
		memory[320*70+319:320*70]   = INIT_46;
		memory[320*71+319:320*71]   = INIT_47;
		memory[320*72+319:320*72]   = INIT_48;
		memory[320*73+319:320*73]   = INIT_49;
		memory[320*74+319:320*74]   = INIT_4A;
		memory[320*75+319:320*75]   = INIT_4B;
		memory[320*76+319:320*76]   = INIT_4C;
		memory[320*77+319:320*77]   = INIT_4D;
		memory[320*78+319:320*78]   = INIT_4E;
		memory[320*79+319:320*79]   = INIT_4F;
		memory[320*80+319:320*80]   = INIT_50;
		memory[320*81+319:320*81]   = INIT_51;
		memory[320*82+319:320*82]   = INIT_52;
		memory[320*83+319:320*83]   = INIT_53;
		memory[320*84+319:320*84]   = INIT_54;
		memory[320*85+319:320*85]   = INIT_55;
		memory[320*86+319:320*86]   = INIT_56;
		memory[320*87+319:320*87]   = INIT_57;
		memory[320*88+319:320*88]   = INIT_58;
		memory[320*89+319:320*89]   = INIT_59;
		memory[320*90+319:320*90]   = INIT_5A;
		memory[320*91+319:320*91]   = INIT_5B;
		memory[320*92+319:320*92]   = INIT_5C;
		memory[320*93+319:320*93]   = INIT_5D;
		memory[320*94+319:320*94]   = INIT_5E;
		memory[320*95+319:320*95]   = INIT_5F;
		memory[320*96+319:320*96]   = INIT_60;
		memory[320*97+319:320*97]   = INIT_61;
		memory[320*98+319:320*98]   = INIT_62;
		memory[320*99+319:320*99]   = INIT_63;
		memory[320*100+319:320*100] = INIT_64;
		memory[320*101+319:320*101] = INIT_65;
		memory[320*102+319:320*102] = INIT_66;
		memory[320*103+319:320*103] = INIT_67;
		memory[320*104+319:320*104] = INIT_68;
		memory[320*105+319:320*105] = INIT_69;
		memory[320*106+319:320*106] = INIT_6A;
		memory[320*107+319:320*107] = INIT_6B;
		memory[320*108+319:320*108] = INIT_6C;
		memory[320*109+319:320*109] = INIT_6D;
		memory[320*110+319:320*110] = INIT_6E;
		memory[320*111+319:320*111] = INIT_6F;
		memory[320*112+319:320*112] = INIT_70;
		memory[320*113+319:320*113] = INIT_71;
		memory[320*114+319:320*114] = INIT_72;
		memory[320*115+319:320*115] = INIT_73;
		memory[320*116+319:320*116] = INIT_74;
		memory[320*117+319:320*117] = INIT_75;
		memory[320*118+319:320*118] = INIT_76;
		memory[320*119+319:320*119] = INIT_77;
		memory[320*120+319:320*120] = INIT_78;
		memory[320*121+319:320*121] = INIT_79;
		memory[320*122+319:320*122] = INIT_7A;
		memory[320*123+319:320*123] = INIT_7B;
		memory[320*124+319:320*124] = INIT_7C;
		memory[320*125+319:320*125] = INIT_7D;
		memory[320*126+319:320*126] = INIT_7E;
		memory[320*127+319:320*127] = INIT_7F;
	end

	// Signal inversion
	wire clka = A_CLK_INV ^ A_CLK;
	wire clkb = B_CLK_INV ^ B_CLK;
	wire ena  = A_EN_INV ^ A_EN;
	wire enb  = B_EN_INV ^ B_EN;
	wire wea  = A_WE_INV ^ A_WE;
	wire web  = B_WE_INV ^ B_WE;

	// Internal signals
	wire [15:0] addra;
	wire [15:0] addrb;
	reg  [39:0] A_DO_out = 0, A_DO_reg = 0;
	reg  [39:0] B_DO_out = 0, B_DO_reg = 0;

	generate
		if (RAM_MODE == "SDP") begin
			// Port A (write)
			 if (A_WR_WIDTH == 80) begin
				assign addra = A_ADDR[15:7]*80;
			end
			// Port B (read)
			if (B_RD_WIDTH == 80) begin
				assign addrb = B_ADDR[15:7]*80;
			end
		end
		else if (RAM_MODE == "TDP") begin
			// Port A
			if (WIDTH_MODE_A <= 1) begin
				wire [15:0] tmpa = {1'b0, A_ADDR[15:1]};
				assign addra = tmpa + (tmpa/4);
			end
			else if (WIDTH_MODE_A <= 2) begin
				wire [15:0] tmpa = {2'b0, A_ADDR[15:2]};
				assign addra = tmpa*2 + (tmpa/2);
			end
			else if (WIDTH_MODE_A <= 5) begin
				assign addra = {3'b0, A_ADDR[15:3]}*5;
			end
			else if (WIDTH_MODE_A <= 10) begin
				assign addra = {4'b0, A_ADDR[15:4]}*10;
			end
			else if (WIDTH_MODE_A <= 20) begin
				assign addra = {5'b0, A_ADDR[15:5]}*20;
			end
			else if (WIDTH_MODE_A <= 40) begin
				assign addra = {6'b0, A_ADDR[15:6]}*40;
			end
			// Port B
			if (WIDTH_MODE_B <= 1) begin
				wire [15:0] tmpb = {1'b0, B_ADDR[15:1]};
				assign addrb = tmpb + (tmpb/4);
			end
			else if (WIDTH_MODE_B <= 2) begin
				wire [15:0] tmpb = {2'b0, B_ADDR[15:2]};
				assign addrb = tmpb*2 + (tmpb/2);
			end
			else if (WIDTH_MODE_B <= 5) begin
				assign addrb = {3'b0, B_ADDR[15:3]}*5;
			end
			else if (WIDTH_MODE_B <= 10) begin
				assign addrb = {4'b0, B_ADDR[15:4]}*10;
			end
			else if (WIDTH_MODE_B <= 20) begin
				assign addrb = {5'b0, B_ADDR[15:5]}*20;
			end
			else if (WIDTH_MODE_B <= 40) begin
				assign addrb = {6'b0, B_ADDR[15:6]}*40;
			end
		end
	endgenerate

	generate
		if (RAM_MODE == "SDP") begin
			// SDP write port
			always @(posedge clka)
			begin
				for (k=0; k < A_WR_WIDTH; k=k+1) begin
					if (k < 40) begin
						if (ena && wea && A_BM[k]) memory[addra+k] <= A_DI[k];
					end
					else begin // use both ports
						if (ena && wea && B_BM[k-40]) memory[addra+k] <= B_DI[k-40];
					end
				end
			end
			// SDP read port
			always @(posedge clkb)
			begin
				// "NO_CHANGE" only
				for (k=0; k < B_RD_WIDTH; k=k+1) begin
					if (k < 40) begin
						if (enb && !wea) A_DO_out[k] <= memory[addrb+k];
					end
					else begin // use both ports
						if (enb && !wea) B_DO_out[k-40] <= memory[addrb+k];
					end
				end
			end
		end
		else if (RAM_MODE == "TDP") begin
			// {A,B}_ADDR[0]=0 selects lower, {A,B}_ADDR[0]=1 selects upper cascade memory
			wire upper_sel_a = ((CAS == "UPPER") && (A_ADDR[0] == 1));
			wire lower_sel_a = ((CAS == "LOWER") && (A_ADDR[0] == 0));
			wire upper_sel_b = ((CAS == "UPPER") && (B_ADDR[0] == 1));
			wire lower_sel_b = ((CAS == "LOWER") && (B_ADDR[0] == 0));

			reg dumm;

			// Cascade output port A
			always @(*)
			begin
				if ((A_WR_MODE == "NO_CHANGE") && lower_sel_a) begin
					A_CO = memory[addra];
				end
				else if ((A_WR_MODE == "WRITE_THROUGH") && lower_sel_a) begin
					A_CO = ((wea && A_BM[0]) ? (A_DI[0]) : (memory[addra]));
				end
			end

			// Cascade output port B
			always @(*)
			begin
				if ((B_WR_MODE == "NO_CHANGE") && lower_sel_b) begin
					B_CO = memory[addrb];
				end
				else if ((B_WR_MODE == "WRITE_THROUGH") && lower_sel_b) begin
					B_CO = ((web && B_BM[0]) ? (B_DI[0]) : (memory[addrb]));
				end
			end

			// TDP port A
			always @(posedge clka)
			begin
				for (i=0; i < WIDTH_MODE_A; i=i+1) begin
					if (upper_sel_a || lower_sel_a || (CAS == "NONE")) begin
						if (ena && wea && A_BM[i])
							memory[addra+i] <= A_DI[i];
					end

					if (A_WR_MODE == "NO_CHANGE") begin
						if (ena && !wea) begin
							if (CAS == "UPPER") begin
								A_DO_out[i] <= ((A_ADDR[0] == 1) ? (memory[addra+i]) : (A_CI));
							end
							else if (CAS == "NONE") begin
								A_DO_out[i] <= memory[addra+i];
							end
						end
					end
					else if (A_WR_MODE == "WRITE_THROUGH") begin
						if (ena) begin
							if (CAS == "UPPER") begin
								if (A_ADDR[0] == 1) begin
									A_DO_out[i] <= ((wea && A_BM[i]) ? (A_DI[i]) : (memory[addra+i]));
								end else begin
									A_DO_out[i] <= A_CI;
								end
							end
							else if (CAS == "NONE") begin
								A_DO_out[i] <= ((wea && A_BM[i]) ? (A_DI[i]) : (memory[addra+i]));
							end
						end
					end
				end
			end
			// TDP port B
			always @(posedge clkb)
			begin
				for (i=0; i < WIDTH_MODE_B; i=i+1) begin
					if (upper_sel_b || lower_sel_b || (CAS == "NONE")) begin
						if (enb && web && B_BM[i])
							memory[addrb+i] <= B_DI[i];
					end

					if (B_WR_MODE == "NO_CHANGE") begin
						if (enb && !web) begin
							if (CAS == "UPPER") begin
								B_DO_out[i] <= ((B_ADDR[0] == 1) ? (memory[addrb+i]) : (B_CI));
							end
							else if (CAS == "NONE") begin
								B_DO_out[i] <= memory[addrb+i];
							end
						end
					end
					else if (B_WR_MODE == "WRITE_THROUGH") begin
						if (enb) begin
							if (CAS == "UPPER") begin
								if (B_ADDR[0] == 1) begin
									B_DO_out[i] <= ((web && B_BM[i]) ? (B_DI[i]) : (memory[addrb+i]));
								end else begin
									B_DO_out[i] <= B_CI;
								end
							end
							else if (CAS == "NONE") begin
								B_DO_out[i] <= ((web && B_BM[i]) ? (B_DI[i]) : (memory[addrb+i]));
							end
						end
					end
				end
			end
		end
	endgenerate

	// Optional output register
	generate
		if (A_DO_REG) begin
			always @(posedge clka) begin
				A_DO_reg <= A_DO_out;
			end
			assign A_DO = A_DO_reg;
		end
		else begin
			assign A_DO = A_DO_out;
		end
		if (B_DO_REG) begin
			always @(posedge clkb) begin
				B_DO_reg <= B_DO_out;
			end
			assign B_DO = B_DO_reg;
		end
		else begin
			assign B_DO = B_DO_out;
		end
	endgenerate
endmodule